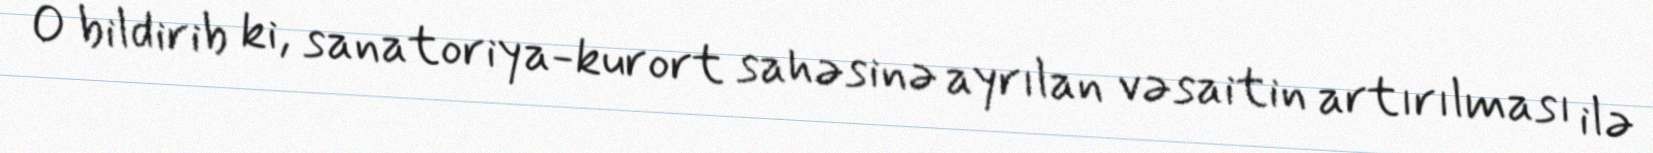
O bildirib ki, sanatoriya-kurort sahəsinə ayrılan vəsaitin artırılması ilə